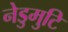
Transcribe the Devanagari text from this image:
नेडुमुटि